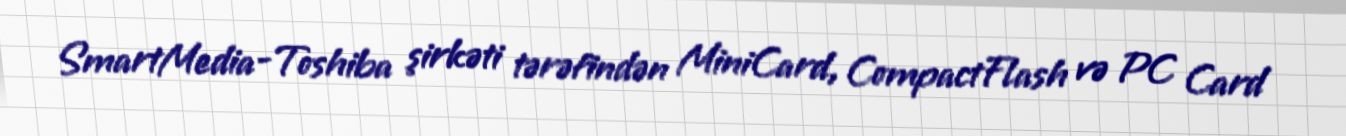
SmartMedia-Toshiba şirkəti tərəfindən MiniCard, CompactFlash və PC Card